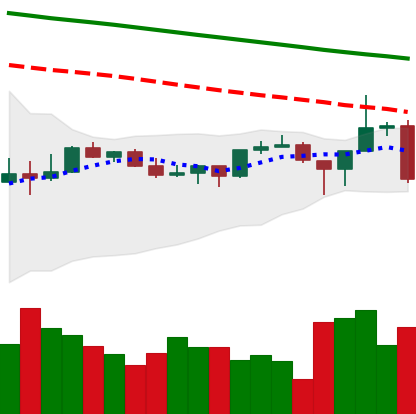
Ticker: TRX-USD
Chart end date: 2022-12-16
Forward return: 3.573%
Label: up_3_5